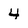
Character: 4